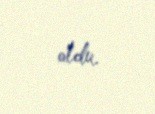
oldu.